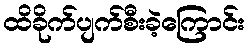
ထိခိုက်ပျက်စီးခဲ့ကြောင်း